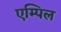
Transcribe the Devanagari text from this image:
एम्पिल